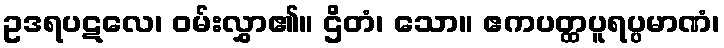
ဥဒရပဋလေ၊ ဝမ်းလွှာ၏။ ဌိတံ၊ သော။ ဧကပတ္ထပူရပ္ပမာဏံ၊